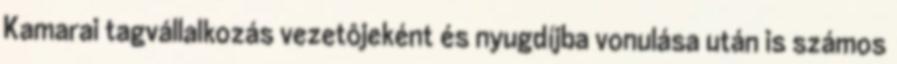
Kamarai tagvállalkozás vezetôjeként és nyugdíjba vonulása után is számos